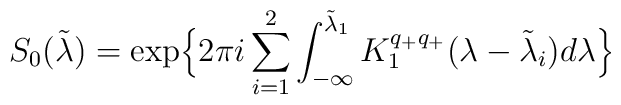
S_{0}(\tilde \lambda)= \exp \Bigl \{2 \pi i \sum_{i=1}^{2}\int_{-\infty}^{\tilde \lambda_{1}}K_{1}^{q_{+}q_{+}}(\lambda-\tilde \lambda_{i}) d \lambda \Bigr \}